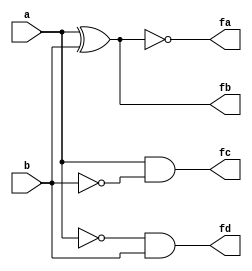
`timescale 1ns / 1ps
//////////////////////////////////////////////////////////////////////////////////
// Company: 
// Engineer: 
// 
// Design Name: 
// Module Name: onebit
// Project Name: 
// Target Devices: 
// Tool Versions: 
// Description: 
// 
// Dependencies: 
// 
// Revision:
// Revision 0.01 - File Created
// Additional Comments:
// 
//////////////////////////////////////////////////////////////////////////////////


module onebit(
    input a,b,
    output fa,fb,fc,fd
    );
assign fa=~(a^b);
assign fb=a^b;
assign fc=a&~b;
assign fd=~a&b;
endmodule